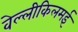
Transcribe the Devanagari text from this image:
वेल्लीकिलमई